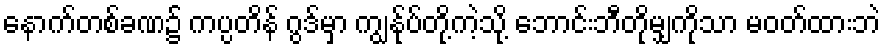
နောက်တစ်ခဏ၌ ကပ္ပတိန် ဂွဒ်မှာ ကျွန်ုပ်တို့ကဲ့သို့ ဘောင်းဘီတိုမျှကိုသာ မဝတ်ထားဘဲ